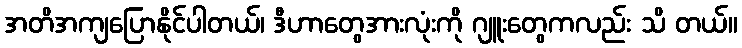
အတိအကျပြောနိုင်ပါတယ်၊ ဒီဟာတွေအားလုံးကို ဂျူးတွေကလည်း သိ တယ်။